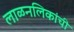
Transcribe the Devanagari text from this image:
लाळनलिकांची